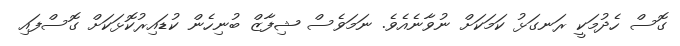
ގޮސް ހެދުމަކީ ރަނގަޅު ކަމަކަށް ނުވާނެއެވެ. ނަމަވެސް ޝިފާޒް ބުނިހެން ކުޑައިރުކޮޅަކަށް ގޮސްފައި